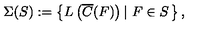
\Sigma ( S ) : = \left\{ L \left( \overline { { C } } ( F ) \right) \left| \ F \in S \right. \right\} ,